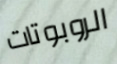
الروبوتات